Lunatic asylums in Bengal annual reports 1899-1911 - 1899-1911
Year: 1899
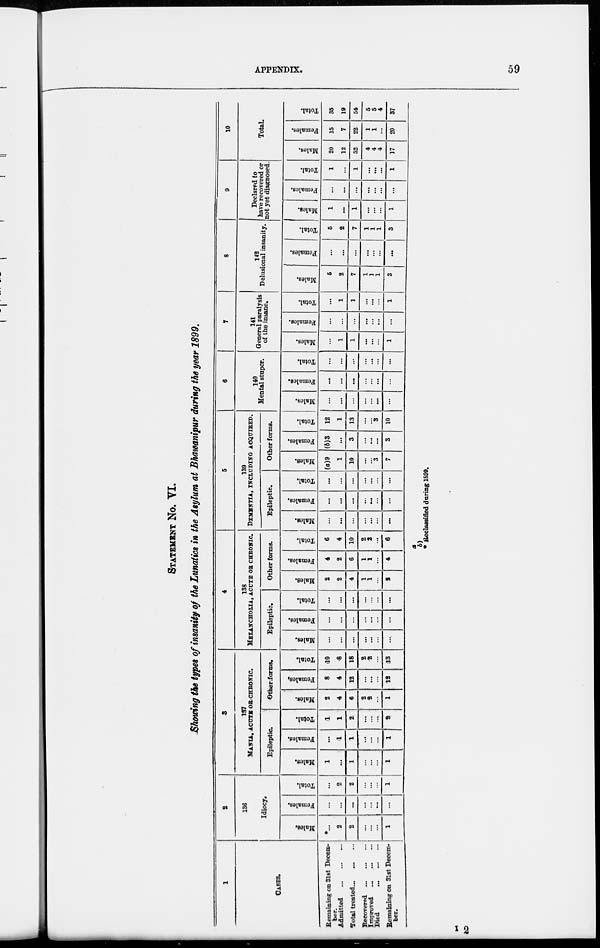
APPENDIX.
59
STATEMENT No. VI.
Showing the types of insanity of the Lunatics in the Asylum at Bhawanipur during the year 1899.
1
CASES.
Remaining on 31st Decem¬
Admitted
...
...
...
Total treated ... ... ...
Recovered
...
...
...
Improved
...
...
...
Died
...
...
...
Remainig
on 31st Decem-
ber.
2
136
Idiocy.
Males.
...
2
2
...
...
...
1
Females.
...
...
...
...
...
...
...
Total.
...
2
2
...
...
...
1
3
187
MANIA, ACUTE OR CHRONIC.
Epileptic.
Males.
1
...
1
...
...
...
1
Females.
...
1
1
...
...
...
1
Total.
1
1
2
...
...
...
2
Other forms.
Males.
2
4
6
2
2
...
1
Females.
8
4
12
...
...
...
12
Total.
10
8
18
2
2
...
13
4
138
MELANCHOLIA, ACUTE OR CHRONIC.
Epileptic.
Males.
...
...
...
...
...
...
...
Females.
...
...
...
...
...
...
...
Total.
...
...
...
...
...
...
...
Other forms.
Males.
2
2
4
1
1
...
2
Females.
4
2
6
1
1
...
4
Total.
6
4
10
2
2
...
6
5
139
DEMENTIA, INCLUDING ACQUIRED.
Epileptic.
Males.
...
...
...
...
...
...
...
Females.
...
...
...
...
...
...
...
Total.
...
...
...
...
...
...
...
Other forms.
Males.
(a)9
1
10
...
...
3
7
Females.
(b)3
...
3
...
...
...
3
Total.
12
1
13
...
...
3
10
6
140
Mental stupor.
Males.
...
...
...
...
...
...
...
Females.
...
...
...
...
...
...
...
Total.
...
...
...
...
...
...
...
7
141
General paralysis
of the insane.
Males.
...
1
1
...
...
...
1
Females.
...
...
...
...
...
...
...
Total.
...
1
1
...
...
...
1
8
142
Delusional insanity.
Males.
5
2
7
1
1
1
3
Females.
...
...
...
...
...
...
...
Total.
5
2
7
1
1
1
3
9
Declared to
have recovered or
not yet diagnosed.
Males.
1
...
1
...
...
...
1
Females.
...
...
...
...
...
...
...
Total.
1
...
1
...
...
1
10
Total.
Males.
20
12
32
4
4
4
17
Females.
15
7
22
1
1
...
20
Total.
35
19
54
5
4
37
a
b)
* Reclassified during 1899.
I 2